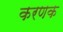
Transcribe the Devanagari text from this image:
करणक